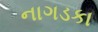
નાગડકા